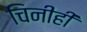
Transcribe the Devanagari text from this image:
चिनीही